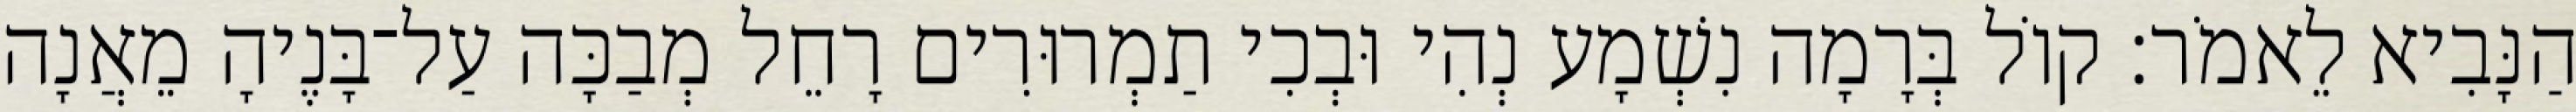
הַנָּבִיא לֵאמֹר׃ קוֹל בְּרָמָה נִשְׁמָע נְהִי וּבְכִי תַמְרוּרִים רָחֵל מְבַכָּה עַל־בָּנֶיהָ מֵאֲנָה